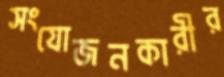
সংযোজনকারীর